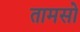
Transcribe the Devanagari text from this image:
तामसो